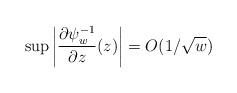
LaTeX: \begin{align*}\sup \left|\frac{\partial\psi_w^{-1}}{\partial z} (z) \right| = O(1/\sqrt{w})\end{align*}